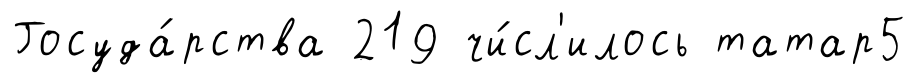
Госуда́рства 219 чи́сл'илось татар5